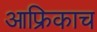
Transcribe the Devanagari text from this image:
आफ्रिकाच